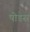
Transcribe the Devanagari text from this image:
षोडस